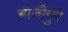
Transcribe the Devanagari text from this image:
बालीगुंगे